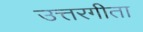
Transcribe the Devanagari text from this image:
उत्तरगीता